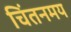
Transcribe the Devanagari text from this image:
चिंतनमय